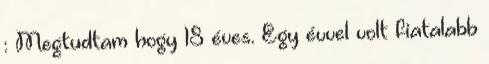
: Megtudtam hogy 18 éves. Egy évvel volt fiatalabb